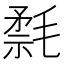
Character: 𰚮